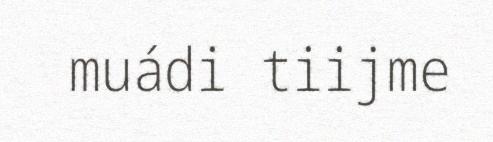
muádi tiijme